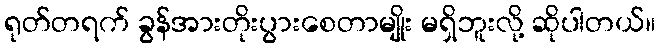
ရုတ်တရက် ခွန်အားတိုးပွားစေတာမျိုး မရှိဘူးလို့ ဆိုပါတယ်။